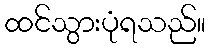
ထင်သွားပုံရသည်။